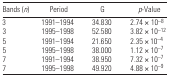
| Bands (n) | Period | G | p-Value |
 | --- | --- | --- | --- |
 | 3 | 1991–1994 | 34.830 | 2.74 × 10–8 |
 | 3 | 1995–1998 | 52.580 | 3.82 × 10–12 |
 | 5 | 1991–1994 | 21.650 | 2.35 × 10–4 |
 | 5 | 1995–1998 | 38.000 | 1.12 × 10–7 |
 | 7 | 1991–1994 | 38.950 | 7.32 × 10–7 |
 | 7 | 1995–1998 | 49.920 | 4.88 × 10–9 |